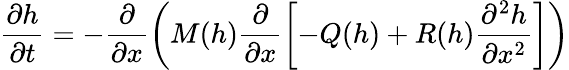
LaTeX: \frac{\partial h}{\partial t}=-\frac{\partial}{\partial x}\left(M(h)\frac{\partial}{\partial x}\left[-Q(h)+R(h)\frac{\partial^{2}h}{\partial x^{2}}\right]\right)